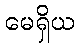
မေရှိယ